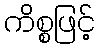
ကိစ္စဖြင့်